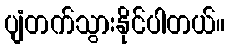
ပျံတက်သွားနိုင်ပါတယ်။